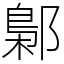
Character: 鄡